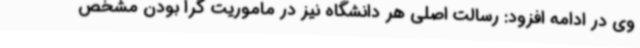
وی در ادامه افزود: رسالت اصلی هر دانشگاه نیز در ماموریت گرا بودن مشخص